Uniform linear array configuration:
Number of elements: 8
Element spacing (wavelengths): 0.75
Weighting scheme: exponential
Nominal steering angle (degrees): -45
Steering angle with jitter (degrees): -46.558
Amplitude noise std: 0.05
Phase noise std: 0.05

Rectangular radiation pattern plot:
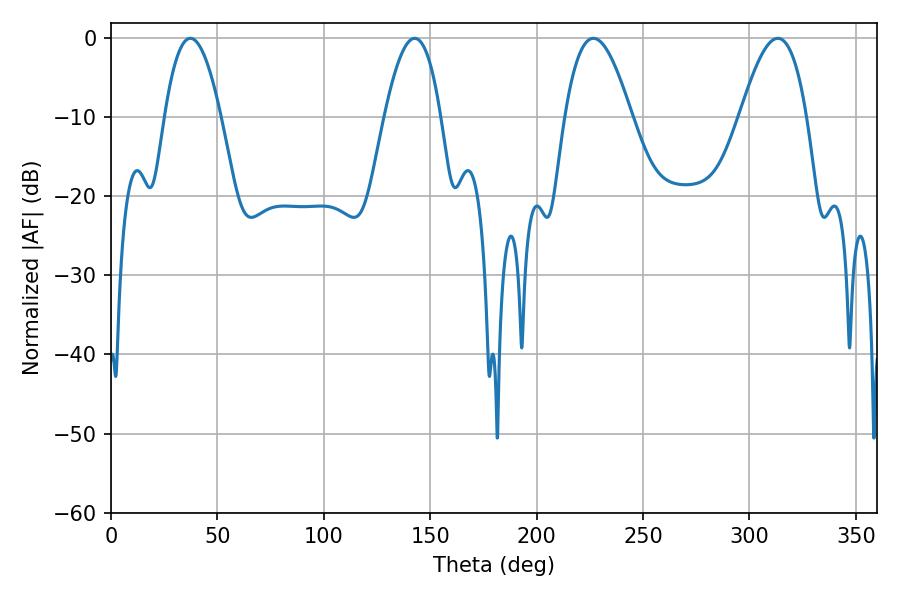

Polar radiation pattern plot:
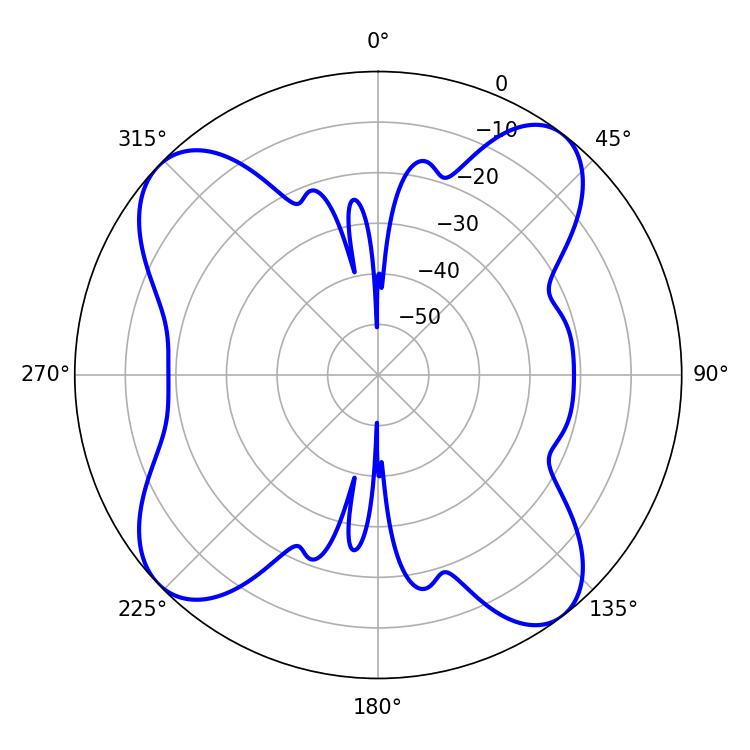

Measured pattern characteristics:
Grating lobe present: TRUE
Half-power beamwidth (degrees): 14.4
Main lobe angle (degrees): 37.26